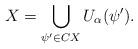
LaTeX: \begin{align*} X=\bigcup_{\psi'\in CX}U_\alpha(\psi'). \end{align*}